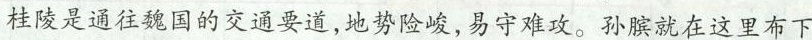
桂陵是通往魏国的交通要道，地势险峻，易守难攻。孙膑就在这里布下